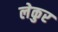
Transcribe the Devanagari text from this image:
लेकुर